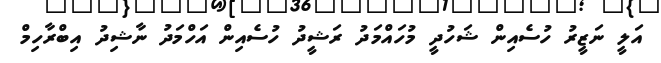
އަލީ ނަޒީރު ހުސެއިން ޝަހުދީ މުހައްމަދު ރަޝީދު ހުސެއިން އަހްމަދު ނާޝިދު އިބްރާހިމް